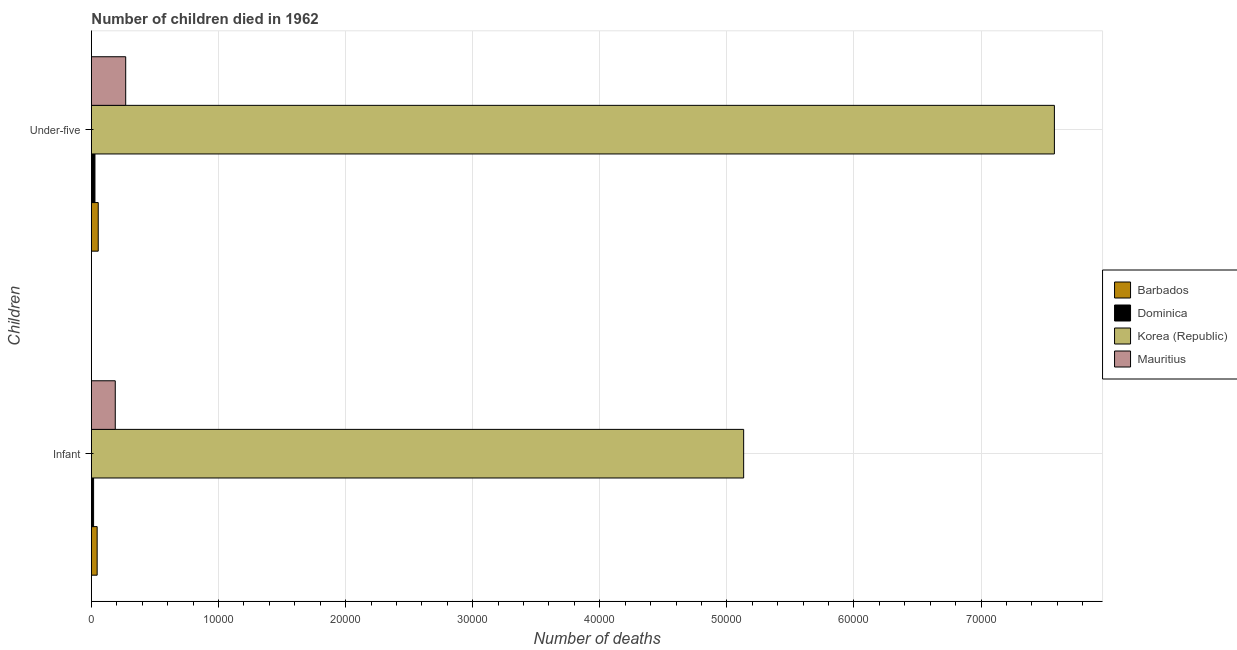
| Children | Barbados | Dominica | Korea (Republic) | Mauritius |
 | --- | --- | --- | --- | --- |
 | Infant | 451 | 171 | 5.13e+04 | 1.88e+03 |
 | Under-five | 536 | 278 | 7.58e+04 | 2.7e+03 |